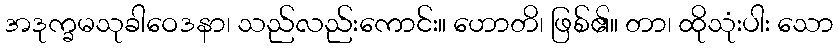
အဒုက္ခမသုခါဝေဒနာ၊ သည်လည်းကောင်း။ ဟောတိ၊ ဖြစ်၏။ တာ၊ ထိုသုံးပါး သော